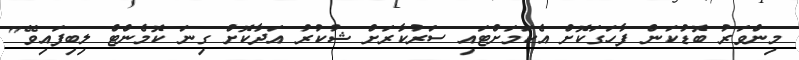
މިންވަރު ބޮޑުކަން ފާހަގަކޮށް އެކަމަށްޓަައި ސަރުކާރަށް ޝުކުރު އަދާކޮށް ގިނަ ކޮމެންޓް ލިބިފައިވޭ"